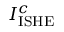
I _ { \mathrm { I S H E } } ^ { c }